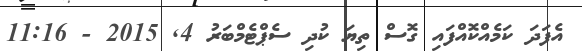
އެފަދަ ކަމެއްކޮއްފައި ގޮސް ތިޔަ ކުދި ސެޕްޓެމްބަރު 4